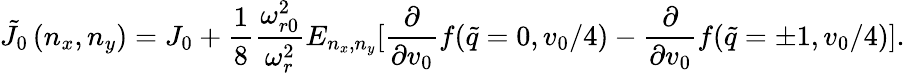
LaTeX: \tilde{J}_{0}\left(n_{x},n_{y}\right)=J_{0}+\frac{1}{8}\frac{\omega_{r0}^{2}}{\omega_{r}^{2}}E_{n_{x},n_{y}}[\frac{\partial}{\partial v_{0}}f(\tilde{q}=0,v_{0}/4)-\frac{\partial}{\partial v_{0}}f(\tilde{q}=\pm 1,v_{0}/4)].